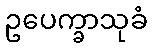
ဥပေက္ခာသုခံ